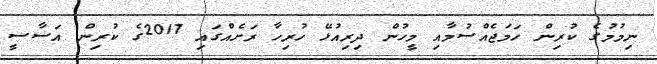
ނިމުމުގެ ކުރިން ހަމަޖެއްސުމާއި މީހުން ދިރިއުޅޭ ހުރިހާ ރަށެއްގައި 2017ގެ ކުރިން އަސާސީ